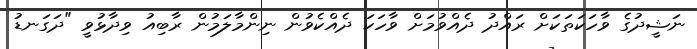
ނަޝީދުގެ ވާހަކަތަކަށް ރައްދު ދެއްވުމަށް ވާހަކަ ދެއްކެވުން ނިންމާލަމުން ރާބިއު ވިދާޅުވީ "ދަގަނޑު